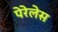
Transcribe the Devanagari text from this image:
पेरेलेस